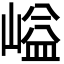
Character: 𡺬